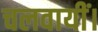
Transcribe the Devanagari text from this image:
चलवायीं।